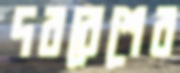
দরবেশের